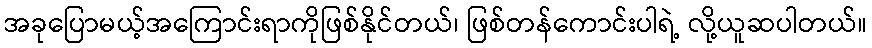
အခုပြောမယ့်အကြောင်းရာကိုဖြစ်နိုင်တယ်၊ ဖြစ်တန်ကောင်းပါရဲ့ လို့ယူဆပါတယ်။